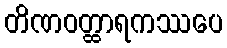
တိဏဝတ္ထာရကဿပေ